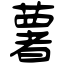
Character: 薯